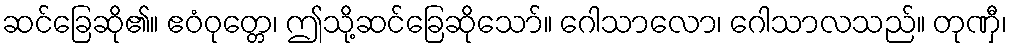
ဆင်ခြေဆို၏။ ဧဝံဝုတ္တေ၊ ဤသို့ဆင်ခြေဆိုသော်။ ဂေါသာလော၊ ဂေါသာလသည်။ တုဏှီ၊